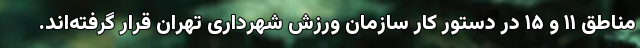
مناطق ۱۱ و ۱۵ در دستور کار سازمان ورزش شهرداری تهران قرار گرفته‌اند.